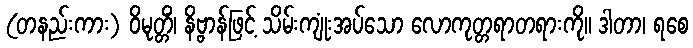
(တနည်းကား) ဝိမုတ္တိံ၊ နိဗ္ဗာန်ဖြင့် သိမ်းကျုံးအပ်သော လောကုတ္တရာတရားကို။ ဒါတာ၊ ရစေ